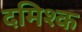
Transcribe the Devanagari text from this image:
दमिश्‍क